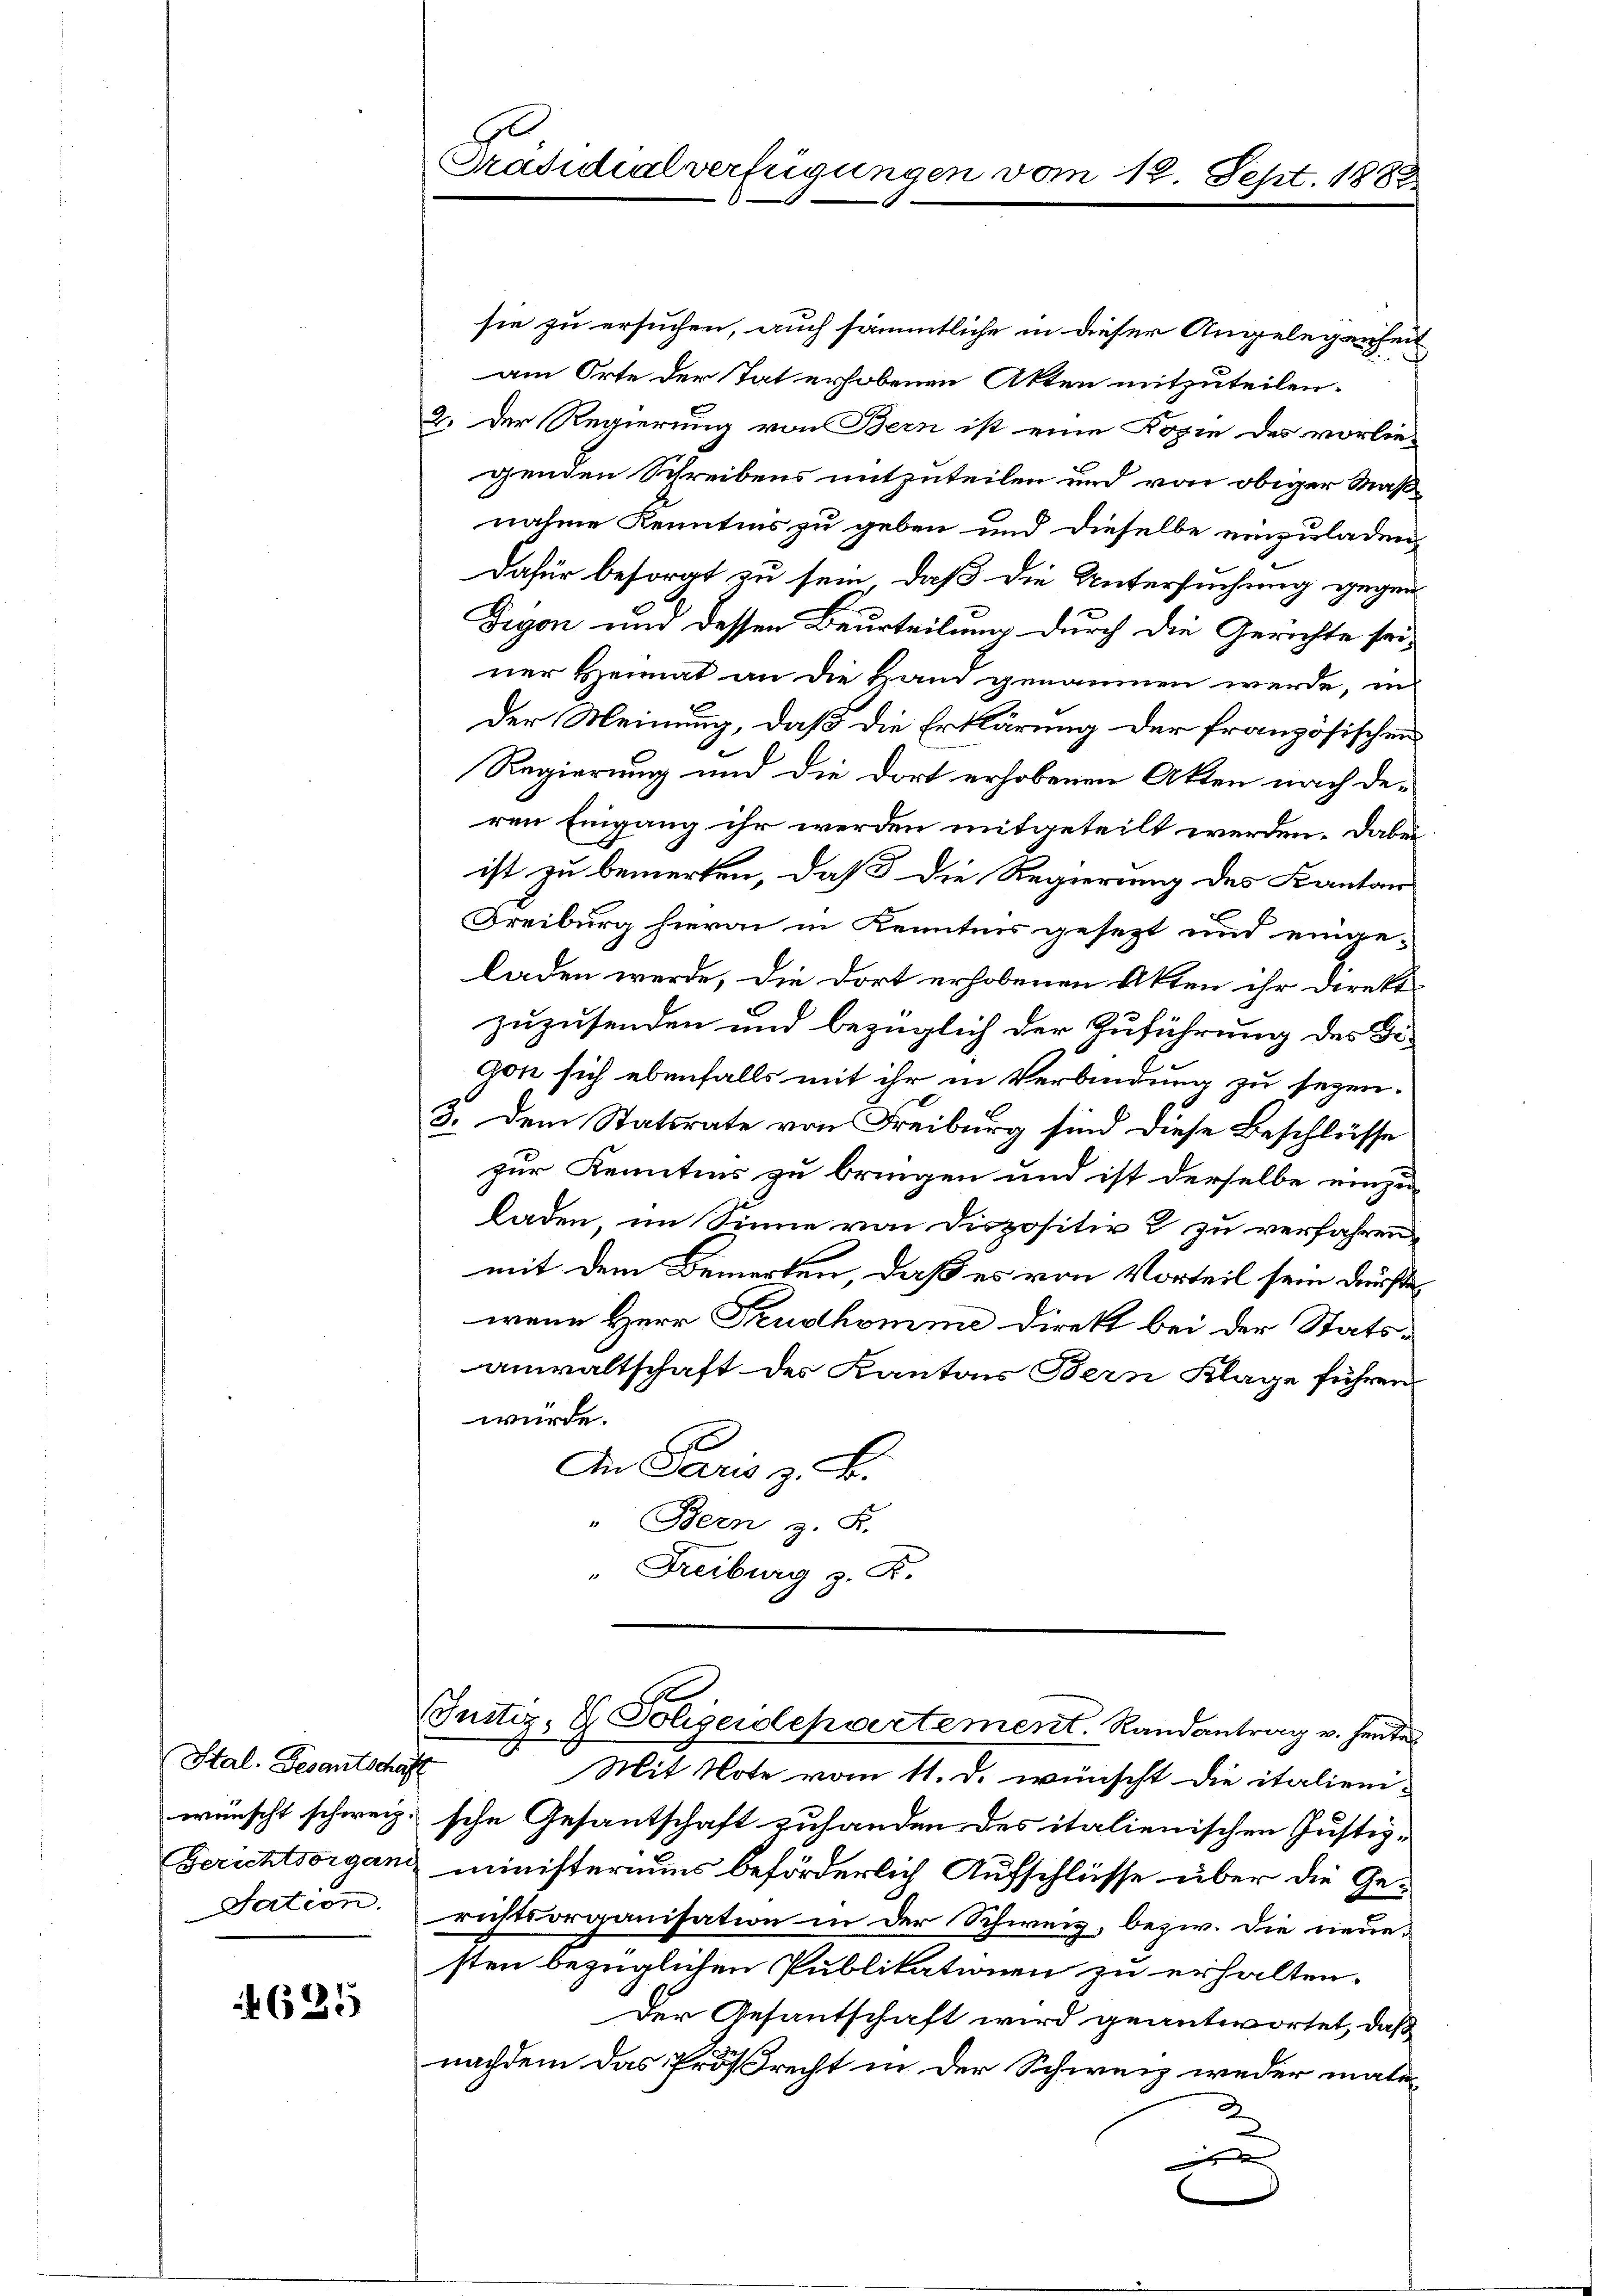
Stal. Gesantscha
wünscht schweiz
Gerichtsorgani
Sation

625

Präsidialverfügungen

sie zu ersuchen, auch sämmtliche in dieser Angelegenheit
am Orte der Tat erhobenen Akten mitzuteilen.
2. Der Regierung von Bern ist eine Kopie des vorliegenden Schreibens mitzuteilen und von obiger Maßnahme Kenntnis zu geben und dieselbe einzuladen,
Dafür besorgt zu sein, daß die Untersuchung gegen
Figon und dessen Beurteilung durch die Gerichte seiner Heimat an die Hand genommen werde, in
Der Meinung, daß die Erklärung der französischen
Regierung und die dort erhobenen Akten nach deren Eingang ihr werden mitgeteilt werden. Dabei
ist zu bemerken, daß die Regierung des Kanton
Freiburg hierin in Kenntnis gesezt und einge-
laden werde, die dort erhobenen Akten ihr direkt
zuzusenden und bezüglich der Zuführung des Digon sich ebenfalls mit ihr in Verbindung zu sezen.
3. Dem Statsrate von Freiburg sind diese Beschlüsse
zur Kenntnis zu bringen und ist derselbe einzu-
laden, im Sinne von Dispositiv & zu verfahren
mit dem Bemerken, daß es von Vorteil sein dürfte
wenn Herr Trudhomme Direkt bei der Statsanwaltschaft des Kantons Bern Klage führen
wurde.
An Paris z. B.
" Bern z. B.
" Freiburg z. K.

e
Justiz- & Polizeidepartement. Randantrag v. heute

.
Mit Note vom 11. d. wünscht die italien-
sche Gesantschaft zuhanden des italienischen Justizministeriums beförderlich Aufschlüsse über die Gerichtsorganisation in der Schweiz, bezw. die neue.
sten bezüglichen Publikationen zu erhalten.
Der Gesantschaft wird geantwortet, daß
nachdem das Prößrecht in der Schweiz weder mate-
x

vom 12. Sept. 1882